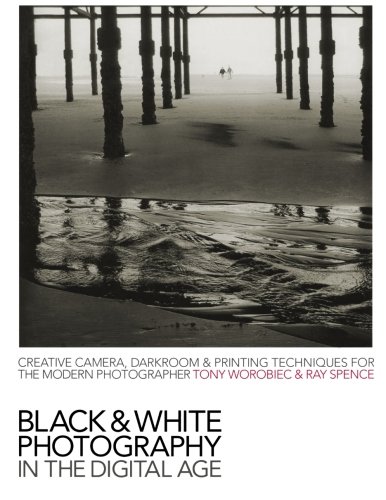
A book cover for Black & White Photography in a Digital Age: Creative Camera, Darkroom and Printing Techniques for the Modern Photographer; Tony Worobiec; Arts & Photography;